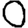
Digit: 0